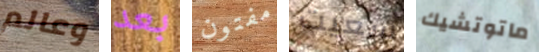
وعالم بعد مفتون سعيت ماتوتشيك